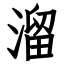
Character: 溜